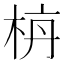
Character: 𪲌